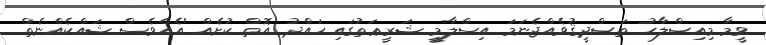
ވީމާ މިއިޞްލާޙު ތަޞްދީޤުވެއްޖެނަމަ އިސްލާމީ ޝަރީޢަތުގައި ޙައްދު އޮތް ކުށެއް 'އެއްވެސް ޝައްކެއްނެތް